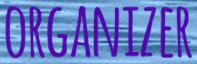
ORGANIZER